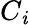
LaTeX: C_{\mathit{i}}